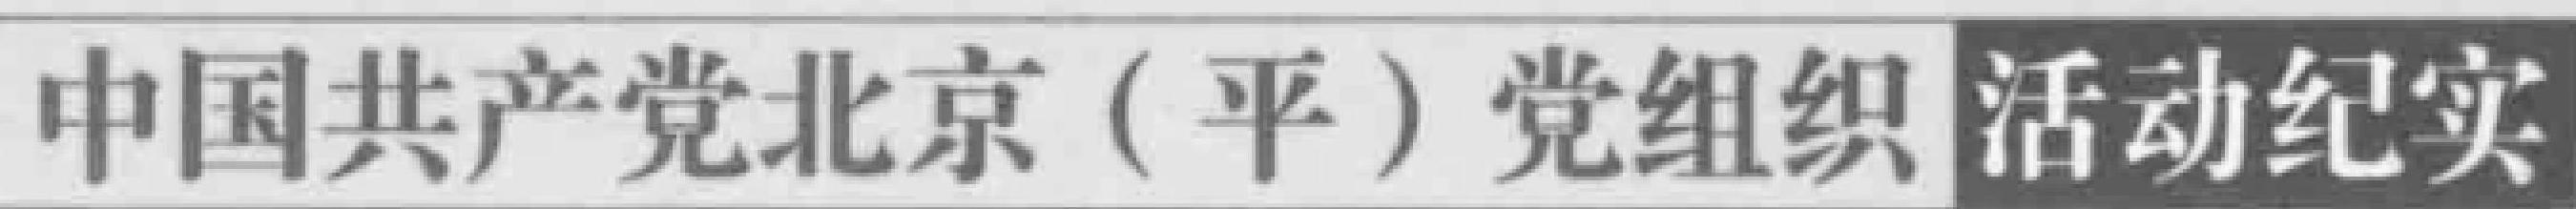
中国共产党北京（平）党组织活动纪实